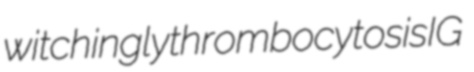
witchingly thrombocytosis IG